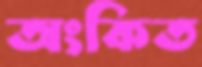
অংকিত